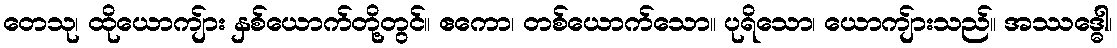
တေသု၊ ထိုယောကျ်ား နှစ်ယောက်တို့တွင်။ ဧကော၊ တစ်ယောက်သော။ ပုရိသော၊ ယောကျ်ားသည်။ အဿဒ္ဓေါ၊